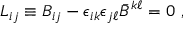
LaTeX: L _ { i j } \equiv B _ { i j } - \epsilon _ { i k } \epsilon _ { j \ell } \bar { B } ^ { k \ell } = 0 \ ,